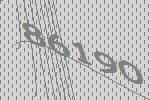
86190